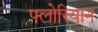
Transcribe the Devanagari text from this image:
फ्लोरियान